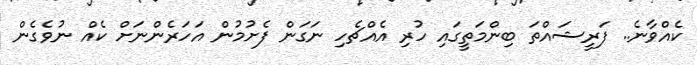
ކެއްވާނެ.. ފަރީޝައްތަ ބިންމަތީގައި ހުރި އެއްޗެހި ނަގަން ފެށުމުން އަހަރެންނަށް ކެއް ނުވެގެން